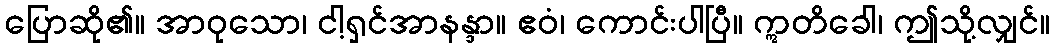
ပြောဆို၏။ အာဝုသော၊ ငါ့ရှင်အာနန္ဒာ။ ဧဝံ၊ ကောင်းပါပြီ။ ဣတိခေါ၊ ဤသို့လျှင်။